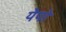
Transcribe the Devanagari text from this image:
येपो